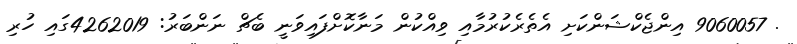
. 9060057 އިންޖެކްޝަންކަށި އެތެރެކުރުމާއި ވިއްކުން މަނާކޮށްފައިވަނީ ބެޗް ނަންބަރު: 4262019ގައި ހުރި